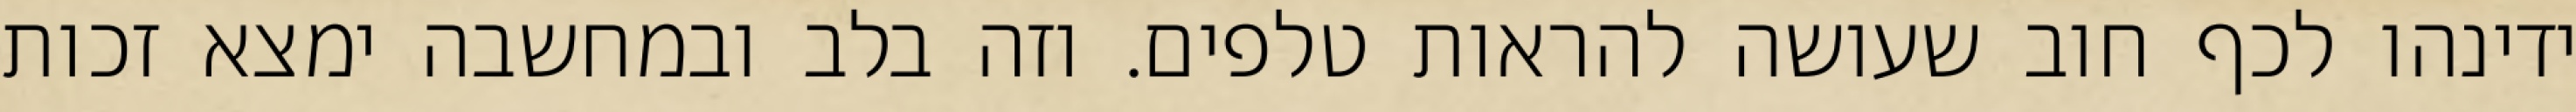
ידינהו לכף חוב שעושה להראות טלפים. וזה בלב ובמחשבה ימצא זכות